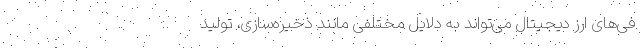
فی‌های ارز دیجیتال می‌تواند به دلایل مختلفی مانند ذخیره‌سازی، تولید